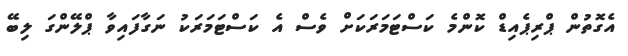
އެގޮތުން ޕްރިޕެއިޑް ކޮންމެ ކަސްޓަމަރަކަށް ވެސް އެ ކަސްޓަމަރަކު ނަގާފައިވާ ޕްލޭންގަ ލިބޭ